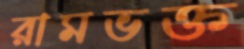
রামভক্ত